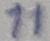
Text: 11